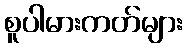
စူပါမားကတ်များ